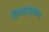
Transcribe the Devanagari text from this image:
दिवसांपुरताच